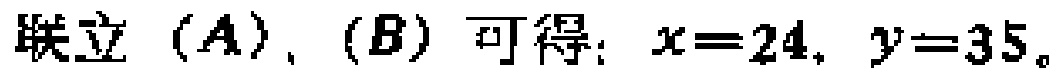
联立 $(A), (B)$ 可得：$x = 24, y = 35$。